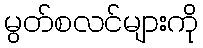
မွတ်စလင်များကို